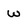
Character: w